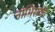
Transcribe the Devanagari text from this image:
नाभिराजा